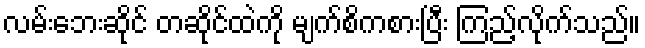
လမ်းဘေးဆိုင် တဆိုင်ထဲကို မျက်စိကစားပြီး ကြည့်လိုက်သည်။